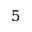
5